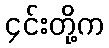
၄င်းတို့က